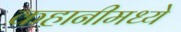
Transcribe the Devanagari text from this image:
कहानीमध्ये